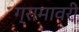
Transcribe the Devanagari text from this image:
ग्रामावरी